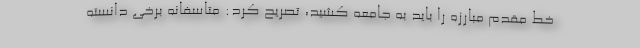
خط مقدم مبارزه را باید به جامعه کشید، تصریح کرد: متاسفانه برخی دانسته